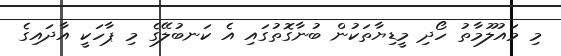
މި މައުލޫމާތު ހޯދި މީޑިޔާތަކުން ބުނާގޮތުގައި އެ ކަނބުލޭގެ މި ޕާހަކީ އާދައިގެ